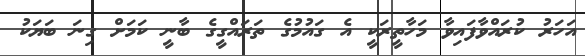
އަހަރު ކުރައްވާފައިވާ މަހާތީރަކީ އެ ގައުމުގެ ތަރައްގީގެ ބާނީ ކަމަށް ގިނަ ބަޔަކު